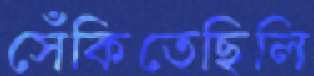
সেঁকিতেছিলি